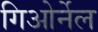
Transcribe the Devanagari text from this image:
गिओर्नेल